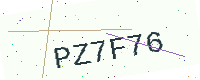
Text: PZ7F76